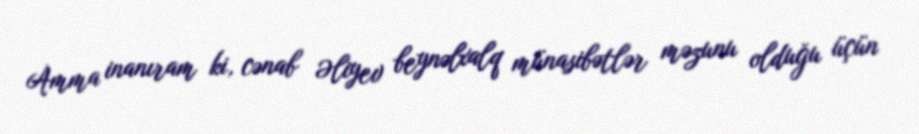
Amma inanıram ki, cənab Əliyev beynəlxalq münasibətlər məzunu olduğu üçün